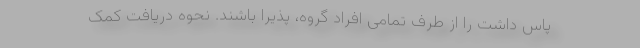
پاس داشت را از طرف تمامی افراد گروه، پذیرا باشند. نحوه دریافت کمک